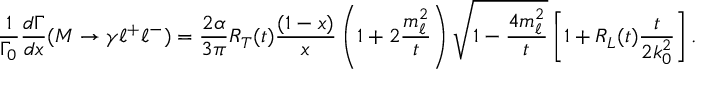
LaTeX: \displaystyle \frac { 1 } { \Gamma _ { 0 } } \displaystyle \frac { d \Gamma } { d x } ( M \to \gamma \ell ^ { + } \ell ^ { - } ) = \displaystyle \frac { 2 \alpha } { 3 \pi } R _ { T } ( t ) \displaystyle \frac { ( 1 - x ) } { x } \left( 1 + 2 \displaystyle \frac { m _ { \ell } ^ { 2 } } { t } \right) \sqrt { 1 - \displaystyle \frac { 4 m _ { \ell } ^ { 2 } } { t } } \left[ 1 + R _ { L } ( t ) \displaystyle \frac { t } { 2 k _ { 0 } ^ { 2 } } \right] .